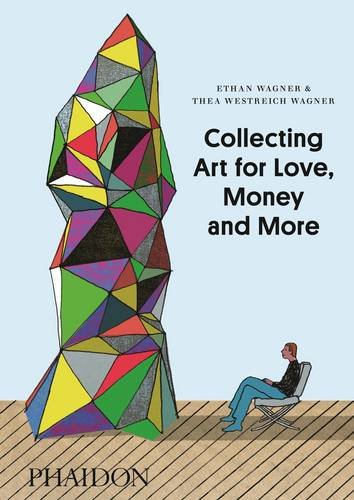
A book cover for Collecting Art for Love, Money and More; Ethan Wagner; Arts & Photography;